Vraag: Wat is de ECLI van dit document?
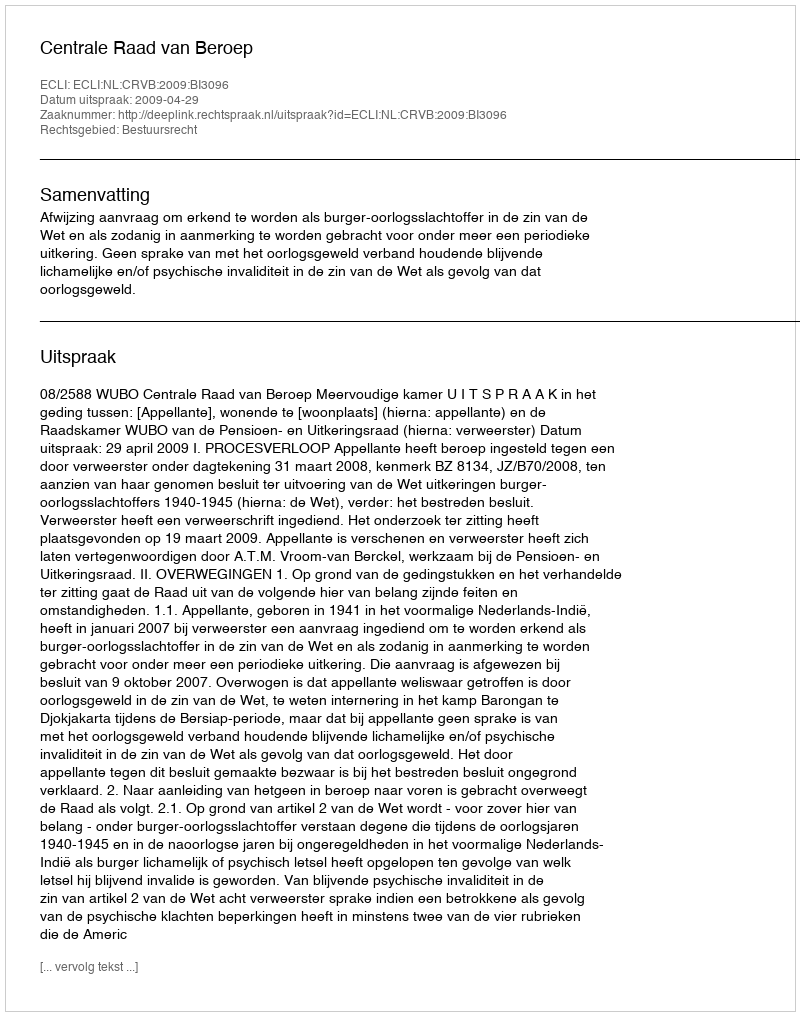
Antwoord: ECLI:NL:CRVB:2009:BI3096